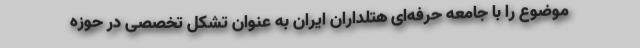
موضوع را با جامعه حرفه‌ای هتلداران ایران به عنوان تشکل تخصصی در حوزه